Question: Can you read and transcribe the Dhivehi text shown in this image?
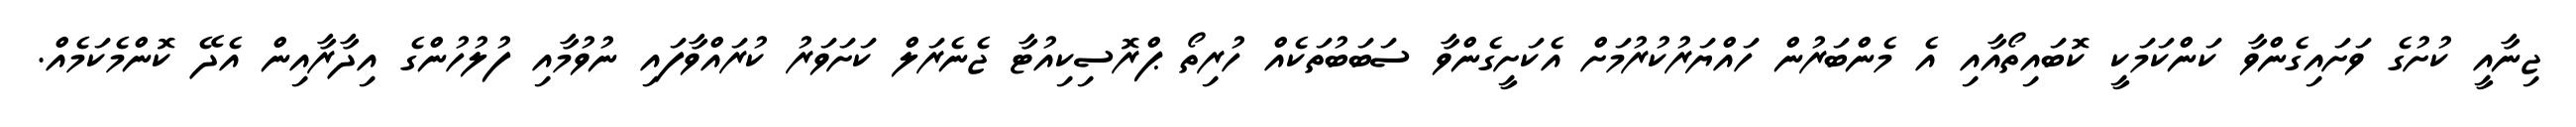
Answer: ޖިނާއީ ކުށުގެ ވަށައިގެންވާ ކަންކަމަކީ ކޮބައިތޯއާއި އެ މެންބަރުން ހައްޔަރުކުރުމަށް އެކަށީގެންވާ ސަބަބުތަކެއް ހުރިތޯ ޕްރޮސިކިއުޓާ ޖެނެރަލް ކަށަވަރު ކުރައްވާފައި ނުވުމާއި ފުލުހުންގެ އިދާރާއިން އެދޭ ކޮންމެކަމެއް.